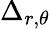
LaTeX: \Delta_{r,\theta}